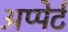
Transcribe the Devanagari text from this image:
अप्पेर्ट